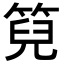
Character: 𮅙